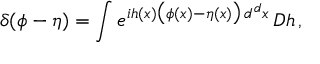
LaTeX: \delta ( \phi - \eta ) = \int e ^ { i h ( x ) { \big ( } \phi ( x ) - \eta ( x ) { \big ) } \, d ^ { d } x } \, D h \, ,